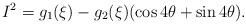
LaTeX: \begin{align*}I^2 = g_1 (\xi) - g_2(\xi) ( \cos 4 \theta + \sin 4 \theta) .\end{align*}